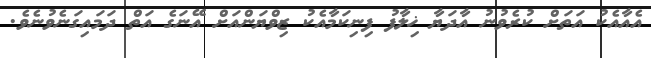
އެއާއެކު އަތަށް ކުރެވުނު އާދަޔާ ޚިލާފު ފިނިކަމާއެކު ޒިވްޔަންއަށް އޭނަގެ އަތް ދަމައިގަނެވުނެވެ.